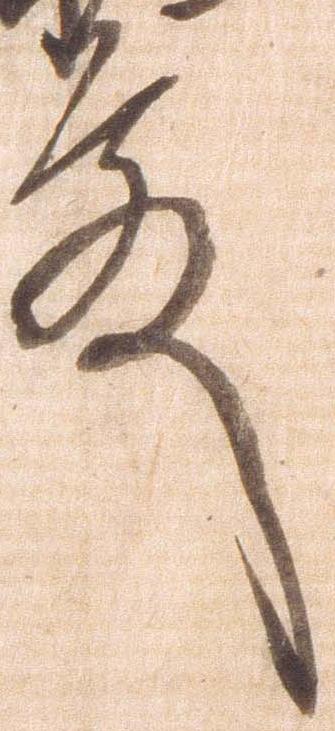
殿